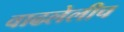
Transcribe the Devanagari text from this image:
वाढलेलीच